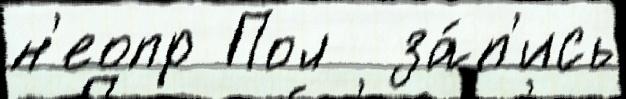
н'еопр Пол  за́п'ись